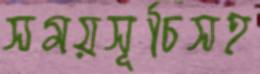
সময়সূচিসহ